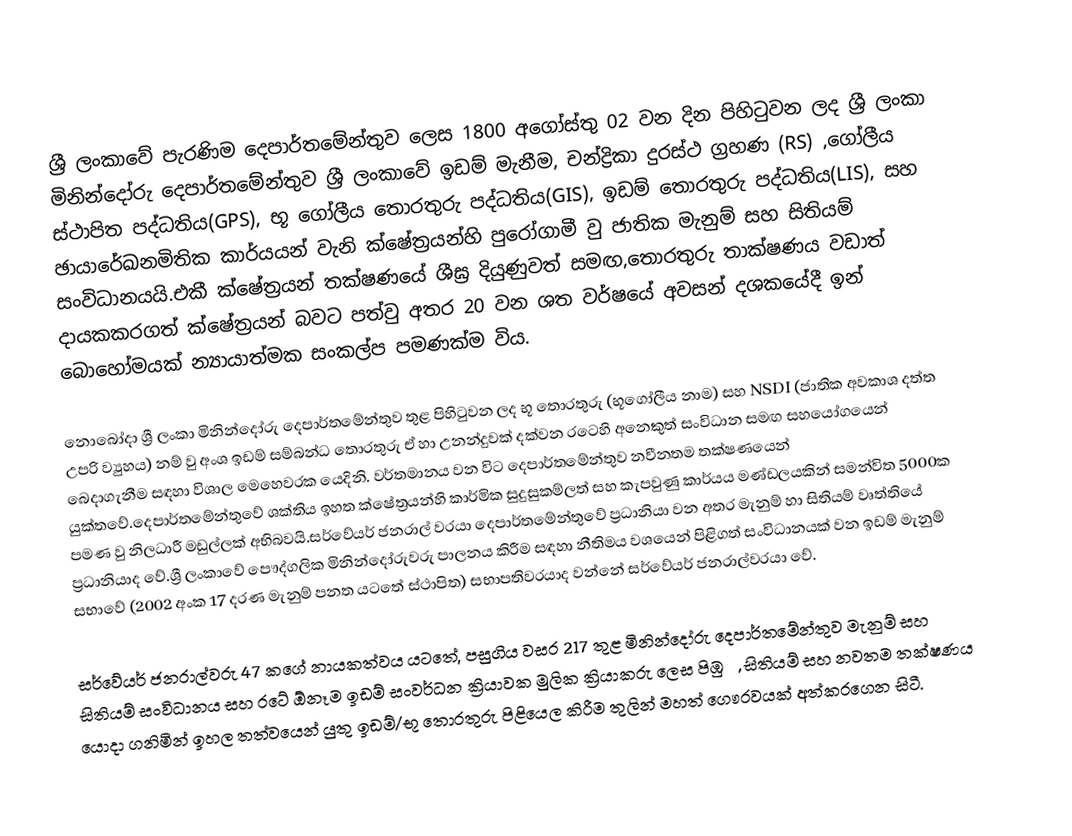
ශ්‍රී ලංකාවේ පැරණිම දෙපාර්තමේන්තුව ලෙස 1800 අගෝස්තු 02 වන දින පිහිටුවන ලද ශ්‍රී ලංකා මිනින්දෝරු දෙපාර්තමේන්තුව ශ්‍රී ලංකාවේ ඉඩම් මැනීම, චන්ද්‍රිකා දුරස්ථ ග්‍රහණ (RS) ,ගෝලීය ස්ථාපිත පද්ධතිය(GPS),‍ භූ ගෝලීය තොරතුරු පද්ධතිය(GIS), ඉඩම් තොරතුරු පද්ධතිය(LIS), සහ ඡායාරේඛනමිතික කාර්යයන් වැනි ක්ෂේත්‍රයන්හි පුරෝගාමී වු ජාතික මැනුම් සහ සිතියම් සංවිධානයයි.එකී ක්ෂේත්‍රයන් තක්ෂණයේ ශීඝ්‍ර දියුණුවත් සමඟ,තොරතුරු තාක්ෂණය වඩාත් දායකකරගත් ක්ෂේත්‍රයන් බවට පත්වු අතර 20 වන ශත වර්ෂයේ අවසන් දශකයේදී ඉන් බොහෝමයක් න්‍යායාත්මක සංකල්ප පමණක්ම විය.

නොබෝදා ශ්‍රී ලංකා මිනින්දෝරු දෙපාර්තමේන්තුව තුළ පිහිටුවන ලද භූ තොරතුරු (භූගෝලීය නාම) සහ NSDI (ජාතික අවකාශ දත්ත උපරි ව්‍යුහය) නම් වු අංශ ඉඩම් සම්බන්ධ තොරතුරු ඒ හා උනන්දුවක් දක්වන රටෙහි අනෙකුත් සංවිධාන සමඟ සහයෝගයෙන් බෙදාගැනීම සඳහා විශාල මෙහෙවරක යෙදිනි. වර්තමානය වන විට දෙපාර්තමේන්තුව නවීනතම තක්ෂණයෙන් යුක්තවේ.දෙපාර්තමේන්තුවේ ශක්තිය ඉහත ක්ෂේත්‍රයන්හි කාර්මික සුදුසුකම්ලත් සහ කැපවුණු කාර්යය මණ්ඩලයකින් සමන්විත 5000ක පමණ වු නිලධාරී මඩුල්ලක් අභිබවයි.සර්වේයර් ජනරාල් වරයා දෙපාර්තමේන්තුවේ ප්‍රධානියා වන අතර මැනුම් හා සිතියම් වෘත්තියේ ප්‍රධානියාද වේ.ශ්‍රී ලංකාවේ ‍පෞද්ගලික මිනින්දෝරුවරු පාලනය කිරීම සඳහා නීතිමය වශයෙන් පිළිගත් සංවිධානයක් වන ඉඩම් මැනුම් සභාවේ (2002 අංක 17 දරණ මැනුම් පනත යටතේ ස්ථාපිත) සභාපතිවරයාද වන්නේ සර්වේයර් ජනරාල්වරයා වේ.

සර්වේයර් ජනරාල්වරු 47 කගේ නායකත්වය යටතේ, පසුගිය වසර 217 තුළ මිනින්දෝරු දෙපාර්තමේන්තුව මැනුම් සහ සිතියම් සංවිධානය සහ රටේ ඕනෑම ඉඩම් සංවර්ධන ක්‍රියාවක මුලික ක්‍රියාකරු ලෙස පිඹුරු, සිතියම් සහ නවතම තක්ෂණය යොදා ගනිමින් ඉහල තත්වයෙන් යුතු ඉඩම්/භූ තොරතුරු පිළියෙල කිරීම තුලින් මහත් ගෞරවයක් අත්කරගෙන සිටී.